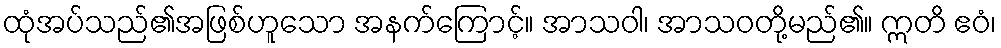
ထုံအပ်သည်၏အဖြစ်ဟူသော အနက်ကြောင့်။ အာသဝါ၊ အာသဝတို့မည်၏။ ဣတိ ဧဝံ၊